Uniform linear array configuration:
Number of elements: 8
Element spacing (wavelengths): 0.5
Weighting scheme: blackman
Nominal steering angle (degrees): -45
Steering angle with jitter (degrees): -44.474
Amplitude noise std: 0.05
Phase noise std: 0.05

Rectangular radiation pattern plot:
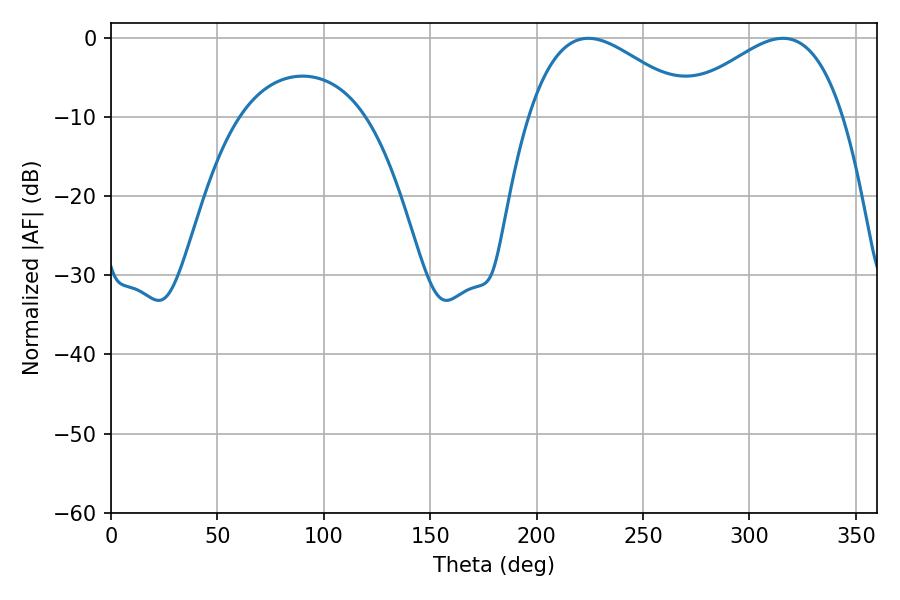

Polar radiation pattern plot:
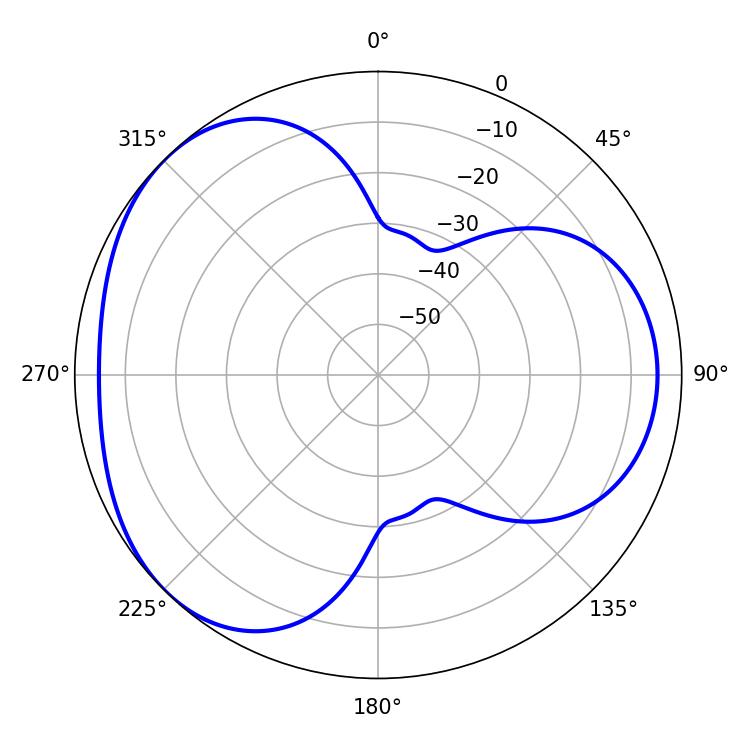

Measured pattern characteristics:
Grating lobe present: FALSE
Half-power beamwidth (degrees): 42.12
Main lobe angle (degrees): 224.28